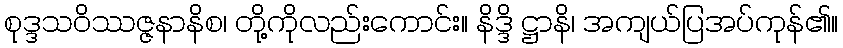
စုဒ္ဒသဝိဿဇ္ဇနာနိစ၊ တို့ကိုလည်းကောင်း။ နိဒ္ဒိ ဋ္ဌာနိ၊ အကျယ်ပြအပ်ကုန်၏။